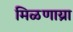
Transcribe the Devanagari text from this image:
मिळणाय्रा